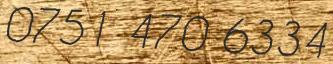
0751 470 6334